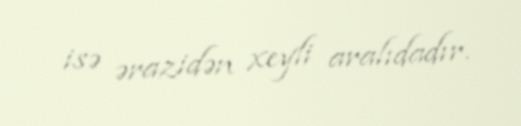
isə ərazidən xeyli aralıdadır.